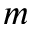
m